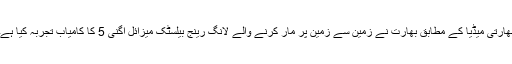
بھارتی میڈیا کے مطابق بھارت نے زمین سے زمین پر مار کرنے والے لانگ رینج بیلسٹک میزائل اگنی 5 کا کامیاب تجربہ کیا ہے۔